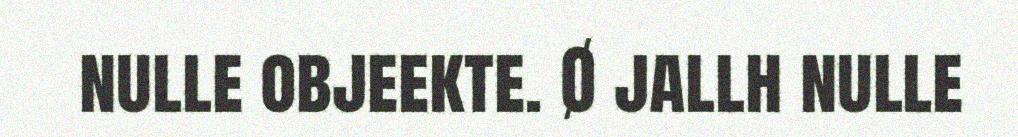
nulle objeekte. Ø jallh nulle